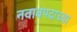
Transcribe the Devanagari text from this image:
नवाबपदाच्या